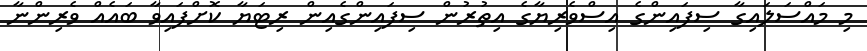
މި މައްސަލައިގާ ސިފައިންގެ އިސްވެރިޔާގެ އިތުރުން ސިފައިންގެއިން ރިޓަޔާ ކޮށްފައިވާ ބައެއް ވެރިންނާ